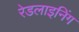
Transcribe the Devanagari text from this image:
रेडलाइनिंग